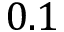
0 . 1